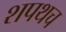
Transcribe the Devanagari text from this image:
शपथच